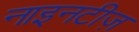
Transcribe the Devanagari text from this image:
नाइनटीज़